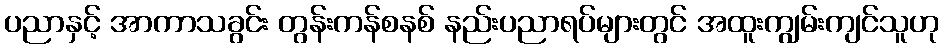
ပညာနှင့် အာကာသခွင်း တွန်းကန်စနစ် နည်းပညာရပ်များတွင် အထူးကျွမ်းကျင်သူဟု